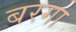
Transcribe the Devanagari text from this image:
बरगा